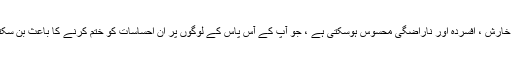
آپ کو خارش ، افسردہ اور ناراضگی محسوس ہوسکتی ہے ، جو آپ کے آس پاس کے لوگوں پر ان احساسات کو ختم کرنے کا باعث بن سکتی ہے۔